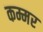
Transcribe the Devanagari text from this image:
कम्मर